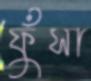
ফুঁসা